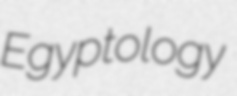
Egyptology